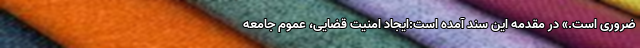
ضروری است.» در مقدمه این سند آمده است:ایجاد امنیت قضایی، عموم جامعه